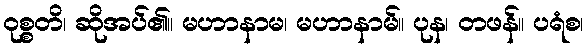
ဝုစ္စတိ၊ ဆိုအပ်၏။ မဟာနာမ၊ မဟာနာမ်။ ပုန၊ တဖန်။ ပရံစ၊